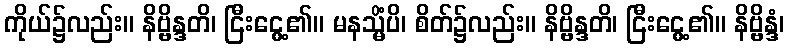
ကိုယ်၌လည်း။ နိဗ္ဗိန္ဒတိ၊ ငြီးငွေ့၏။ မနသ္မိံပိ၊ စိတ်၌လည်း။ နိဗ္ဗိန္ဒတိ၊ ငြီးငွေ့၏။ နိဗ္ဗိန္ဒံ၊